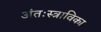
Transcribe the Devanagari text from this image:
अंतःस्त्राविका